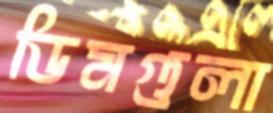
ডিমগুলা